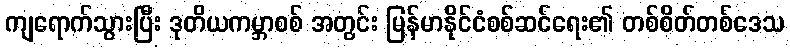
ကျရောက်သွားပြီး ဒုတိယကမ္ဘာစစ် အတွင်း မြန်မာနိုင်ငံစစ်ဆင်ရေး၏ တစ်စိတ်တစ်ဒေသ